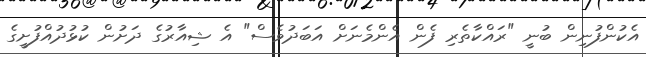
އެކުންފުނިން ބުނީ "ރައްކާތެރި ފެން އެންމެނަށް އަބަދުވެސް" އެ ޝިއާރުގެ ދަށުން ކުޅުދުއްފުށީގެ